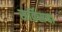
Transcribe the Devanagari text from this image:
सर्विसचा